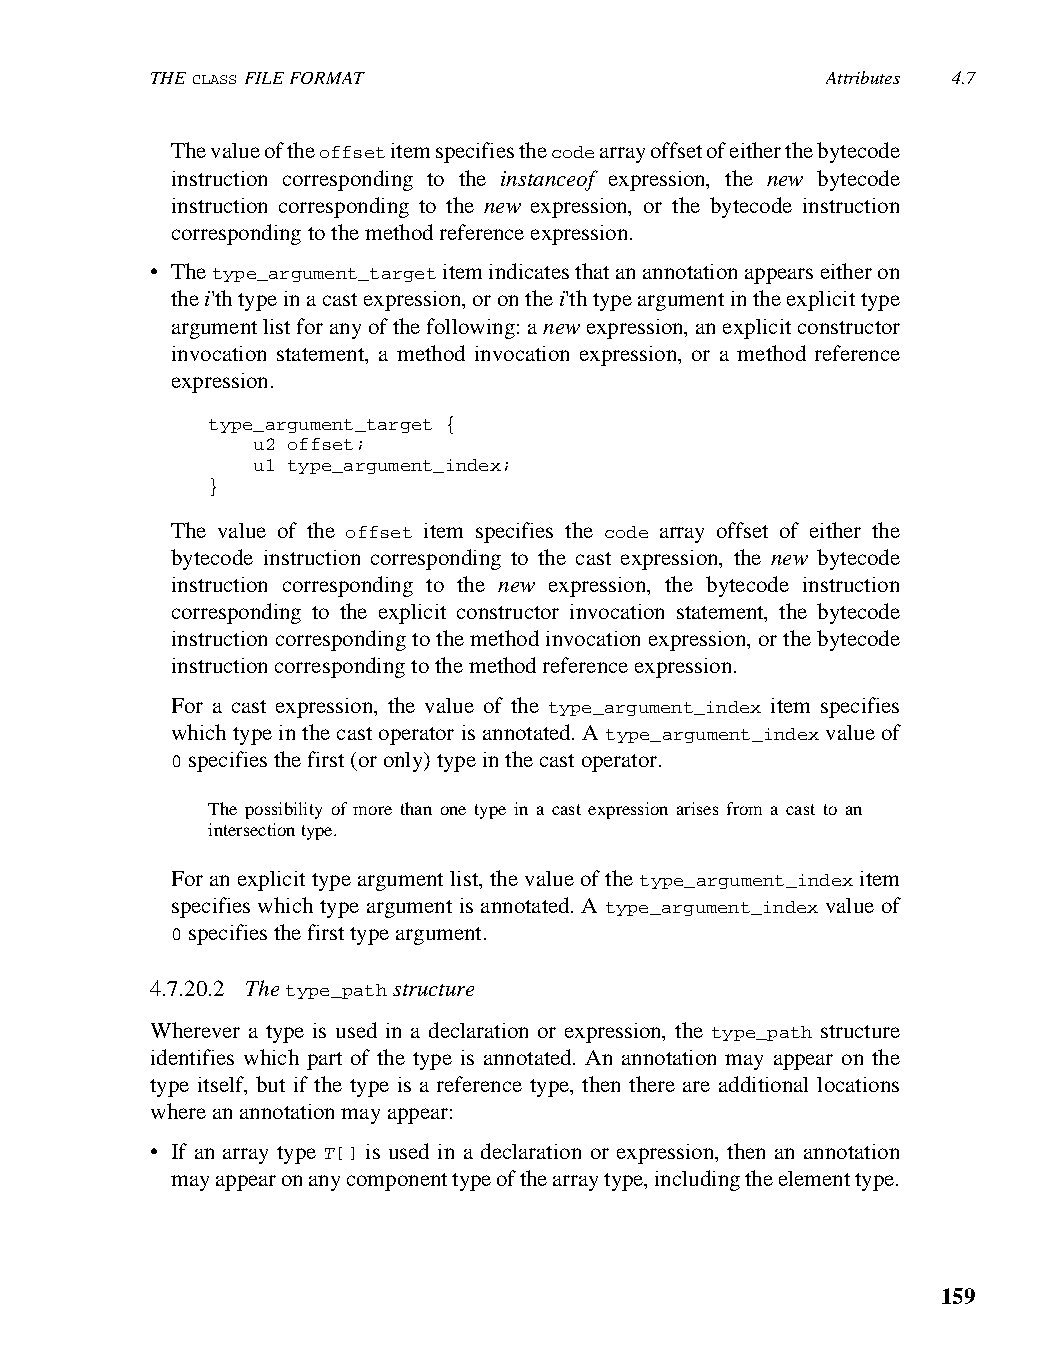
THE CLASS FILE FORMAT                        Attributes 4.7
 The value of the offset item specifies the code array offset of either the bytecode
 instruction corresponding to the instanceof expression, the new bytecode
 instruction corresponding to the new expression, or the bytecode instruction
 corresponding to the method reference expression.
 • The type_argument_target item indicates that an annotation appears either on
 the i'th type in a cast expression, or on the i'th type argument in the explicit type
 argument list for any of the following: a new expression, an explicit constructor
 invocation statement, a method invocation expression, or a method reference
 expression.
 type_argument_target {
 u2 offset;
 u1 type_argument_index;
 }
 The value of the offset item specifies the code array offset of either the
 bytecode instruction corresponding to the cast expression, the new bytecode
 instruction corresponding to the new expression, the bytecode instruction
 corresponding to the explicit constructor invocation statement, the bytecode
 instruction corresponding to the method invocation expression, or the bytecode
 instruction corresponding to the method reference expression.
 For a cast expression, the value of the type_argument_index item specifies
 which type in the cast operator is annotated. A type_argument_index value of
 0 specifies the first (or only) type in the cast operator.
 The possibility of more than one type in a cast expression arises from a cast to an
 intersection type.
 For an explicit type argument list, the value of the type_argument_index item
 specifies which type argument is annotated. A type_argument_index value of
 0 specifies the first type argument.
 4.7.20.2 The type_path structure
 Wherever a type is used in a declaration or expression, the type_path structure
 identifies which part of the type is annotated. An annotation may appear on the
 type itself, but if the type is a reference type, then there are additional locations
 where an annotation may appear:
 • If an array type T[] is used in a declaration or expression, then an annotation
 may appear on any component type of the array type, including the element type.
 159